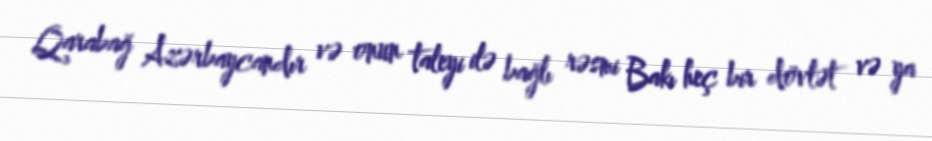
Qarabağ Azərbaycandır və onun taleyi ilə bağlı rəsmi Bakı heç bir dövlət və ya